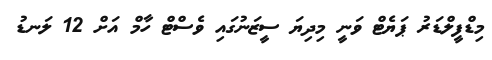
މިޑްފީލްޑަރު ޕަޔެޓް ވަނީ މިދިޔަ ސީޒަނުގައި ވެސްޓް ހާމް އަށް 12 ލަނޑު